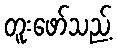
တူးဖော်သည့်